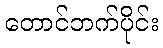
တောင်ဘက်ပိုင်း